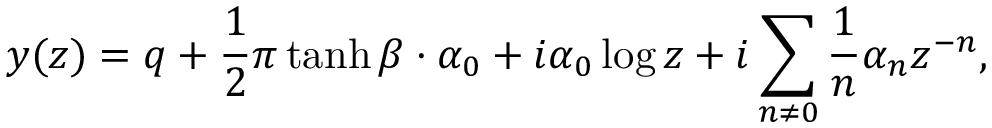
y ( z ) = q + \frac { 1 } { 2 } \pi \operatorname { t a n h } \beta \cdot \alpha _ { 0 } + i \alpha _ { 0 } \log z + i \sum _ { n \neq 0 } \frac { 1 } { n } \alpha _ { n } z ^ { - n } ,